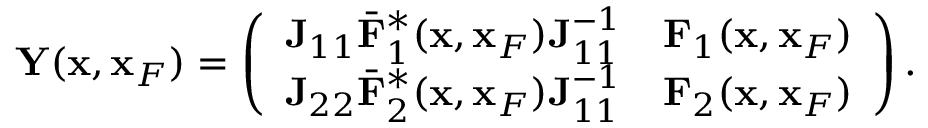
\begin{array} { r } { { \bf Y } ( { \bf x } , { \bf x } _ { F } ) = \left( \begin{array} { l l } { { \bf J } _ { 1 1 } { { \bar { \bf F } } } _ { 1 } ^ { * } ( { \bf x } , { \bf x } _ { F } ) { \bf J } _ { 1 1 } ^ { - 1 } } & { { \bf F } _ { 1 } ( { \bf x } , { \bf x } _ { F } ) } \\ { { \bf J } _ { 2 2 } { { \bar { \bf F } } } _ { 2 } ^ { * } ( { \bf x } , { \bf x } _ { F } ) { \bf J } _ { 1 1 } ^ { - 1 } } & { { \bf F } _ { 2 } ( { \bf x } , { \bf x } _ { F } ) } \end{array} \right) . } \end{array}